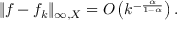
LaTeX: \| f - f _ { k } \| _ { \infty , X } = O \left( k ^ { - { \frac { \alpha } { 1 - \alpha } } } \right) .